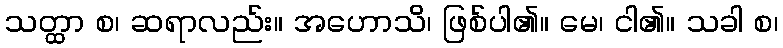
သတ္ထာ စ၊ ဆရာလည်း။ အဟောသိ၊ ဖြစ်ပါ၏။ မေ၊ ငါ၏။ သခါ စ၊